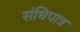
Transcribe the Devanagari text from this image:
संधिपात्र